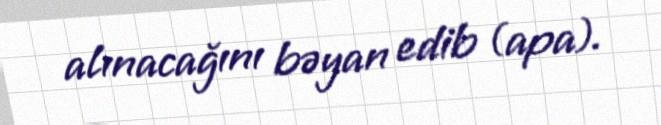
alınacağını bəyan edib (apa).